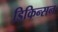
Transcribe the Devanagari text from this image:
डिकिन्‍सन